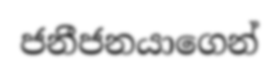
ජනීජනයාගෙන්